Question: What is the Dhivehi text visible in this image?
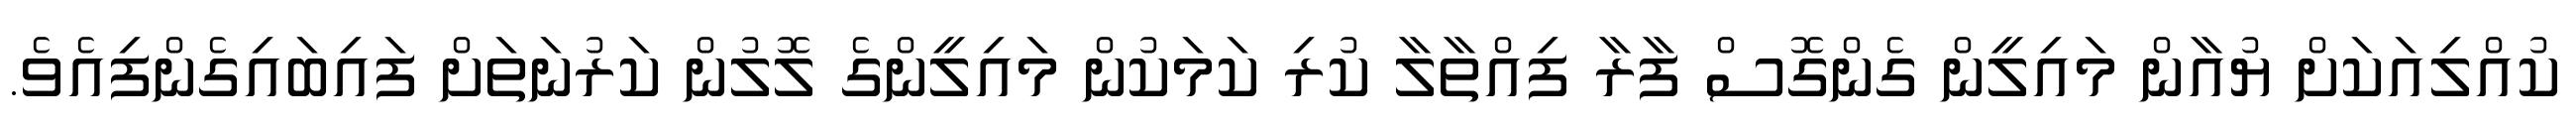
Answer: ކުއްލިއަކަށް ޔުއާން މައިލީން ގެންގޮސް ފާރާ ފިއްތާލާ ކުރި ކަމަކުން މައިލީންގެ ލޮލުން ކަރުނަތަށް ފައިބައިގެންފިއެވެ.